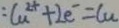
C a ^ { 2 + } + 2 e ^ { - } = C u